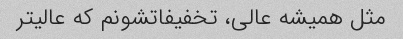
مثل همیشه عالی، تخفیفاتشونم که عالیتر